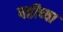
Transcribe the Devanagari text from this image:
षष्ठीच्या